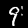
Label: 9